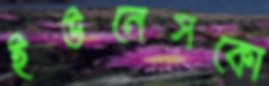
ইউনেসকো